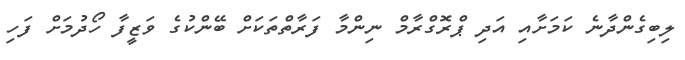
ލިބިގެންދާނެ ކަމަށާއި އަދި ޕްރޮގްރާމް ނިންމާ ފަރާތްތަކަށް ބޭންކުގެ ވަޒީފާ ހޯދުމަށް ފަހި